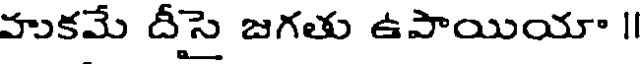
హుకమే దీసై జగతు ఉపాయియా